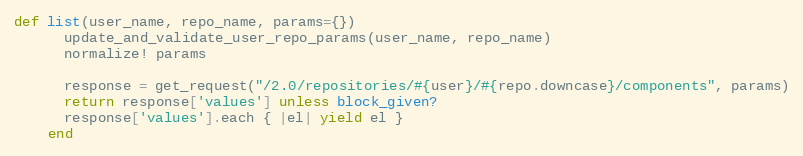
Language: Ruby
def list(user_name, repo_name, params={})
      update_and_validate_user_repo_params(user_name, repo_name)
      normalize! params

      response = get_request("/2.0/repositories/#{user}/#{repo.downcase}/components", params)
      return response['values'] unless block_given?
      response['values'].each { |el| yield el }
    end